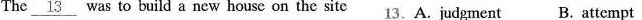
The \underline{13} was to build a new house on the sitc 16. A. judgment B. attempt